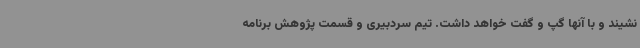
‌نشیند و با آنها گپ و گفت خواهد داشت. تیم سردبیری و قسمت پژوهش برنامه